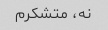
نه، متشکرم